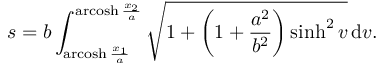
s = b \int _ { \operatorname { a r c o s h } { \frac { x _ { 1 } } { a } } } ^ { \operatorname { a r c o s h } { \frac { x _ { 2 } } { a } } } { \sqrt { 1 + \left( 1 + { \frac { a ^ { 2 } } { b ^ { 2 } } } \right) \sinh ^ { 2 } v } } \, \mathrm { d } v .